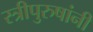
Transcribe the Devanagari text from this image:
स्त्रीपुरुषांनी